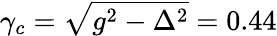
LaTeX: \gamma_{c}=\sqrt{g^{2}-\Delta^{2}}=0.44